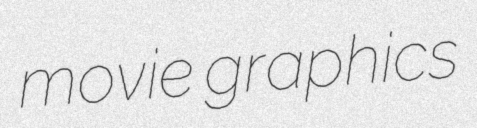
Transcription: movie graphics